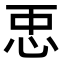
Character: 𢘑